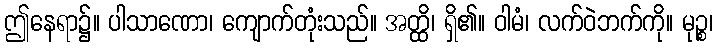
ဤနေရာ၌။ ပါသာဏော၊ ကျောက်တုံးသည်။ အတ္ထိ၊ ရှိ၏။ ဝါမံ၊ လက်ဝဲဘက်ကို။ မုဉ္စ၊